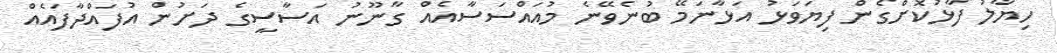
ހިޔާލު ފާޅުކޮށްގެން ފިޔަވަޅު އަޅާނަމޭ ބުނެވޭނެ މުއައްސަސާއެއް ގާނޫނު އަސާސީގެ ދަށުން އުފައްދާފައެއް